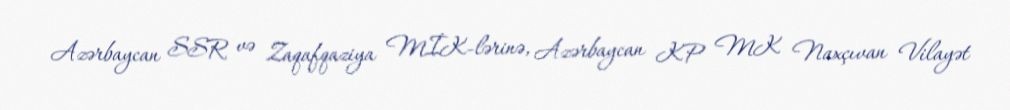
Azərbaycan SSR və Zaqafqaziya MİK-lərinə, Azərbaycan KP MK Naxçıvan Vilayət